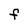
Character: F